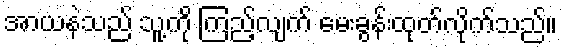
အာယနဲသည် သူ့ကို ကြည့်လျက် မေးခွန်းထုတ်လိုက်သည်။